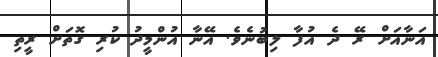
އަނާއަށް ރޭ ދެ އުފާ ލިބުނެވެ. އޭނާ އުންމީދު ކުރި ގޮތަށް ރީތި